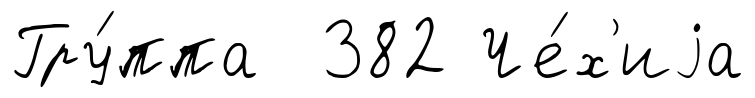
Гру́ппа 382 Че́х'иjа